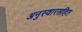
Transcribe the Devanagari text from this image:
अनुस्वारसहित